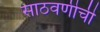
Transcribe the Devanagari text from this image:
साठवणीची